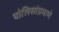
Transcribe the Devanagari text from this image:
पोलिसांप्रमाणे